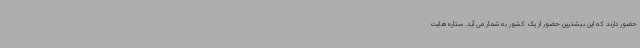
حضور دارند که این بیشترین حضور از یک کشور به شمار می آید. ستاره‌هایت